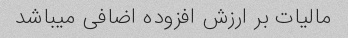
مالیات بر ارزش افزوده اضافی میباشد